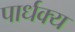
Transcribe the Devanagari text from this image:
पार्धक्य